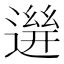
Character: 𨕧